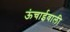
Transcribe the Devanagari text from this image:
ऊंचाईवाली